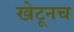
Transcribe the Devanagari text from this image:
खेटूनच